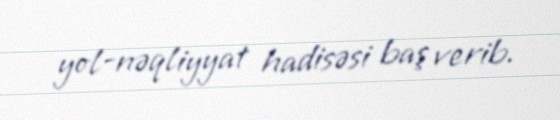
yol-nəqliyyat hadisəsi baş verib.